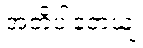
အတိပါတေယျ